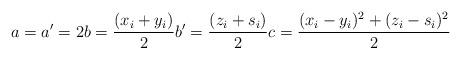
LaTeX: \begin{align*}a = a' = 2 b = \frac{(x_{i}+y_{i})}{2} b' = \frac{(z_{i}+s_{i})}{2} c = \frac{(x_{i}-y_{i})^2 + (z_{i}-s_{i})^2}{2}\end{align*}